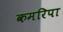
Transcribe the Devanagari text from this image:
कमरिपा